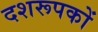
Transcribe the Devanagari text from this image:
दशरूपकों